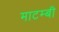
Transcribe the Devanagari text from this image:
माटम्बी